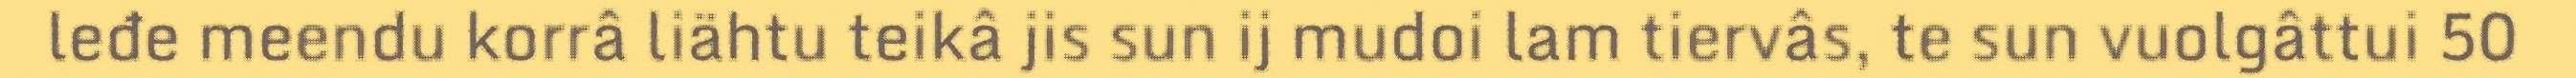
leđe meendu korrâ liähtu teikâ jis sun ij mudoi lam tiervâs, te sun vuolgâttui 50